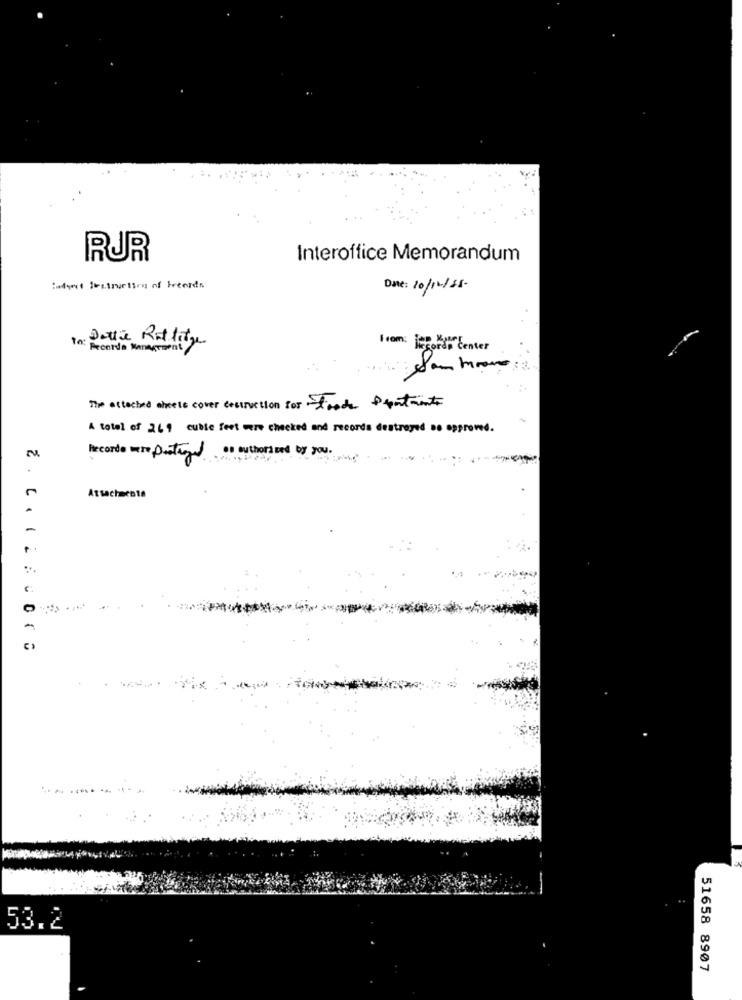
RUR
Interoffice Memorandum
:wdont instruction of brands
Date: 10/12/15
In: Dette Rotlite
Recorda Management
from: jecord Center
The attached abels cover destruction for Food sentante
A total of 269 cuble feet were checked and records destroyed De approved.
Recorde were portugal 's authors and by you .
Attachments
-
53.2
51658 8907